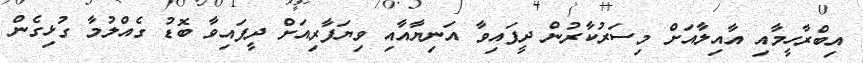
އިބްރާހީމާއި އާއިލާއަށް މިސަރުކާރުން ދީފައިވާ އަނިޔާއާއި ވިޔަފާރިއަަށް ދީފައިވާ ބޮޑު ގެއްލުމާ ގުޅިގެން